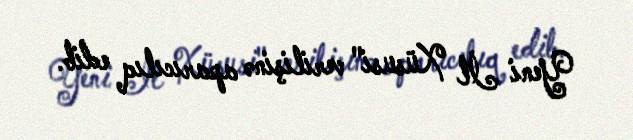
Yeni İl Xüsusi" verilişinə aparıcılıq edib.